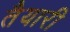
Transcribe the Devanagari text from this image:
तैेयारी